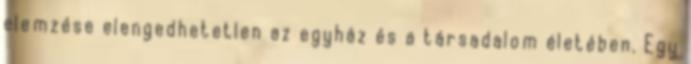
elemzése elengedhetetlen az egyház és a társadalom életében. Egy